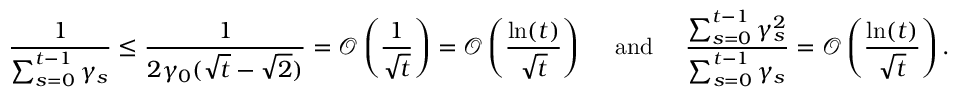
\frac { 1 } { \sum _ { s = 0 } ^ { t - 1 } \gamma _ { s } } \leq \frac { 1 } { 2 \gamma _ { 0 } ( \sqrt { t } - \sqrt { 2 } ) } = \mathcal { O } \left( \frac { 1 } { \sqrt { t } } \right) = \mathcal { O } \left( \frac { \ln ( t ) } { \sqrt { t } } \right) \quad \mathrm { ~ a n d ~ } \quad \frac { \sum _ { s = 0 } ^ { t - 1 } \gamma _ { s } ^ { 2 } } { \sum _ { s = 0 } ^ { t - 1 } \gamma _ { s } } = \mathcal { O } \left( \frac { \ln ( t ) } { \sqrt { t } } \right) .